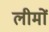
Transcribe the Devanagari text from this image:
लीमों